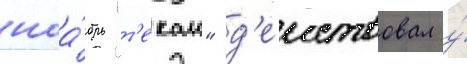
ноа́брь "т'екаи" д'еиствовал у́